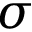
\sigma